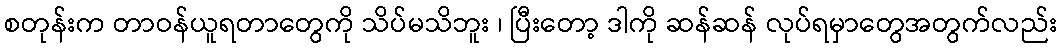
စတုန်းက တာဝန်ယူရတာတွေကို သိပ်မသိဘူး ၊ ပြီးတော့ ဒါကို ဆန်ဆန် လုပ်ရမှာတွေအတွက်လည်း